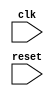
module behavior_modeling_block (
    input wire clk,
    input wire reset
);

always @ (negedge clk)
begin
    // Code or behavior to be executed on negative edge of clock signal
    // Add your logic here
end

endmodule